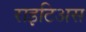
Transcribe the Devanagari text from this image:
राइटिअस